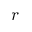
r